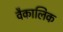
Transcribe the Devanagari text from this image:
वैकालिक